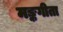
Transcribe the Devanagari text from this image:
मङ्कगीता